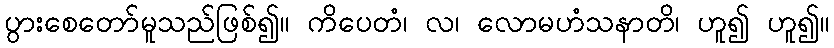
ပွားစေတော်မူသည်ဖြစ်၍။ ကိပေတံ၊ လ၊ လောမဟံသနာတိ၊ ဟူ၍ ဟူ၍။